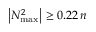
\left| N _ { \operatorname* { m a x } } ^ { 2 } \right| \geq 0 . 2 2 \, n